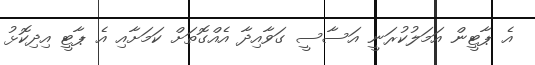
އެ ޕާޓީން އަމަލުކުރަނީ އަސާސީ ގަވާއިދާ އެއްގޮތަށް ކަމަށާއި އެ ޕާޓީ އިދިކޮޅު